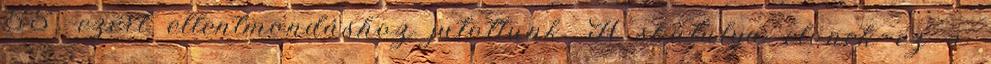
55, ezért ellentmondáshoz jutottunk. A skatulya elvnek ez a